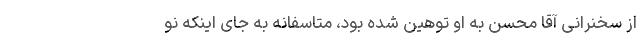
از سخنرانی آقا محسن به او توهین شده بود، متاسفانه به جای اینکه نو